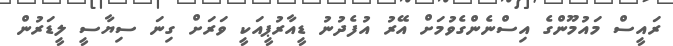
ރައީސް މައުމޫންގެ އިސްނެންގެވުމަށް އޭރު އުފެދުނު ޑީއާރުޕީއަކީ ވަރަށް ގިނަ ސިޔާސީ ލީޑަރުން